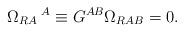
LaTeX: \begin{align*}\Omega_{RA}\hspace*{1mm}^{A} \equiv G^{AB}\Omega_{RAB}=0.\end{align*}